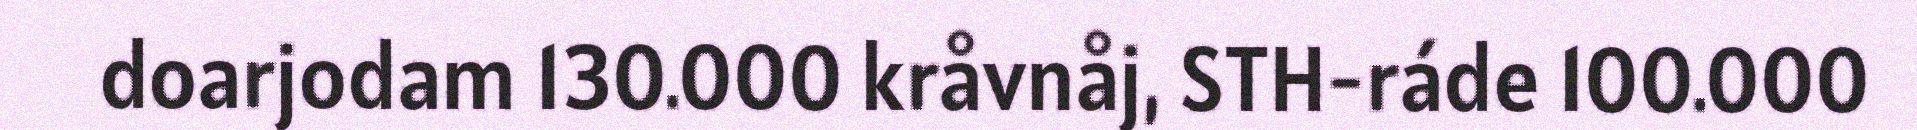
doarjodam 130.000 kråvnåj, STH-ráde 100.000